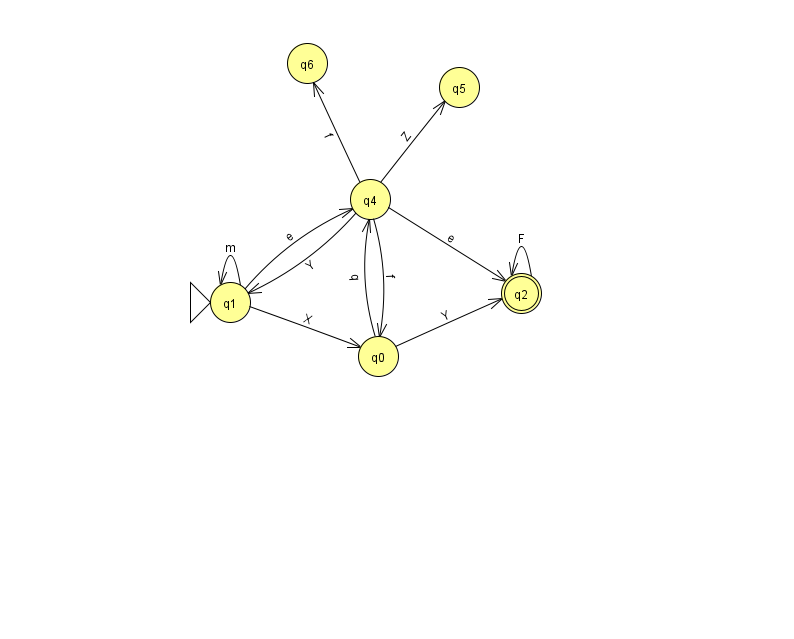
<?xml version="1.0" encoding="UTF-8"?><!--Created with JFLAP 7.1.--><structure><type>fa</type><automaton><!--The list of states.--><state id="0" name="q0"><x>378.0</x><y>343.0</y></state><state id="1" name="q1"><x>230.0</x><y>289.0</y><initial/></state><state id="2" name="q2"><x>521.0</x><y>280.0</y><final/></state><state id="4" name="q4"><x>370.0</x><y>186.0</y></state><state id="5" name="q5"><x>459.0</x><y>74.0</y></state><state id="6" name="q6"><x>307.0</x><y>50.0</y></state><!--The list of transitions.--><transition><from>0</from><to>2</to><read>Y</read></transition><transition><from>4</from><to>0</to><read>f</read></transition><transition><from>4</from><to>5</to><read>Z</read></transition><transition><from>0</from><to>4</to><read>q</read></transition><transition><from>2</from><to>2</to><read>F</read></transition><transition><from>1</from><to>4</to><read>e</read></transition><transition><from>4</from><to>2</to><read>e</read></transition><transition><from>4</from><to>1</to><read>Y</read></transition><transition><from>1</from><to>1</to><read>m</read></transition><transition><from>1</from><to>0</to><read>X</read></transition><transition><from>4</from><to>6</to><read>f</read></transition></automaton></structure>